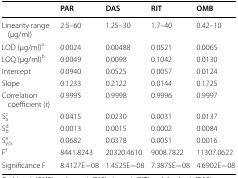
<table><thead><tr><td>[EMPTY_CELL]</td><td><b>PAR</b></td><td><b>DAS</b></td><td><b>RIT</b></td><td><b>OMB</b></td></tr></thead><tbody><tr><td>Linearity range (μg/ml)</td><td>2.5–60</td><td>1.25–30</td><td>1.7–40</td><td>0.42–10</td></tr><tr><td>LOD (μg/ml)<sup>a</sup></td><td>0.0024</td><td>0.00488</td><td>0.0521</td><td>0.0065</td></tr><tr><td>LOQ (μg/ml)<sup>b</sup></td><td>0.0049</td><td>0.0098</td><td>0.1042</td><td>0.0130</td></tr><tr><td>Intercept</td><td>0.0940</td><td>0.0525</td><td>0.0057</td><td>0.0124</td></tr><tr><td>Slope</td><td>0.1233</td><td>0.2122</td><td>0.0144</td><td>0.1725</td></tr><tr><td>Correlation coefficient (r)</td><td>0.9995</td><td>0.9998</td><td>0.9996</td><td>0.9997</td></tr><tr><td>S<sub>a</sub><sup>c</sup></td><td>0.0415</td><td>0.0230</td><td>0.0031</td><td>0.0137</td></tr><tr><td>S<sub>b</sub><sup>d</sup></td><td>0.0013</td><td>0.0015</td><td>0.0002</td><td>0.0084</td></tr><tr><td>S<sub>y/x</sub><sup>e</sup></td><td>0.0682</td><td>0.0378</td><td>0.0051</td><td>0.0016</td></tr><tr><td>F<sup>f</sup></td><td>8441.8243</td><td>20320.4610</td><td>9008.7822</td><td>11307.0622</td></tr><tr><td>Significance F</td><td>8.4127E−08</td><td>1.4525E−08</td><td>7.3875E−08</td><td>4.6902E−08</td></tr></tbody></table>